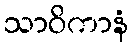
သာဝိကာနံ